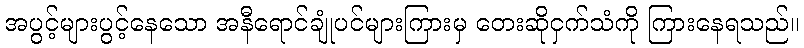
အပွင့်များပွင့်နေသော အနီရောင်ချုံပင်များကြားမှ တေးဆိုငှက်သံကို ကြားနေရသည်။